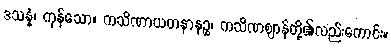
ဒသန္နံ၊ ကုန်သော။ ကသိဏာယတနာနဉ္စ၊ ကသိဏဈာန်တို့၏လည်းကောင်း။